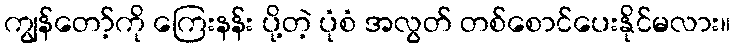
ကျွန်တော့်ကို ကြေးနန်း ပို့တဲ့ ပုံစံ အလွတ် တစ်စောင်ပေးနိုင်မလား။